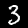
Digit: 3